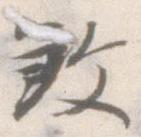
殺